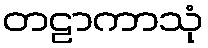
တဠာကာသုံ